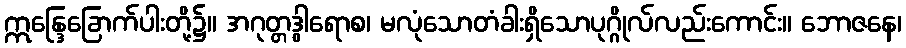
ဣန္ဒြေခြောက်ပါးတို့၌။ အဂုတ္တဒွါရောစ၊ မလုံသောတံခါးရှိသောပုဂ္ဂိုလ်လည်းကောင်း။ ဘောဇနေ၊